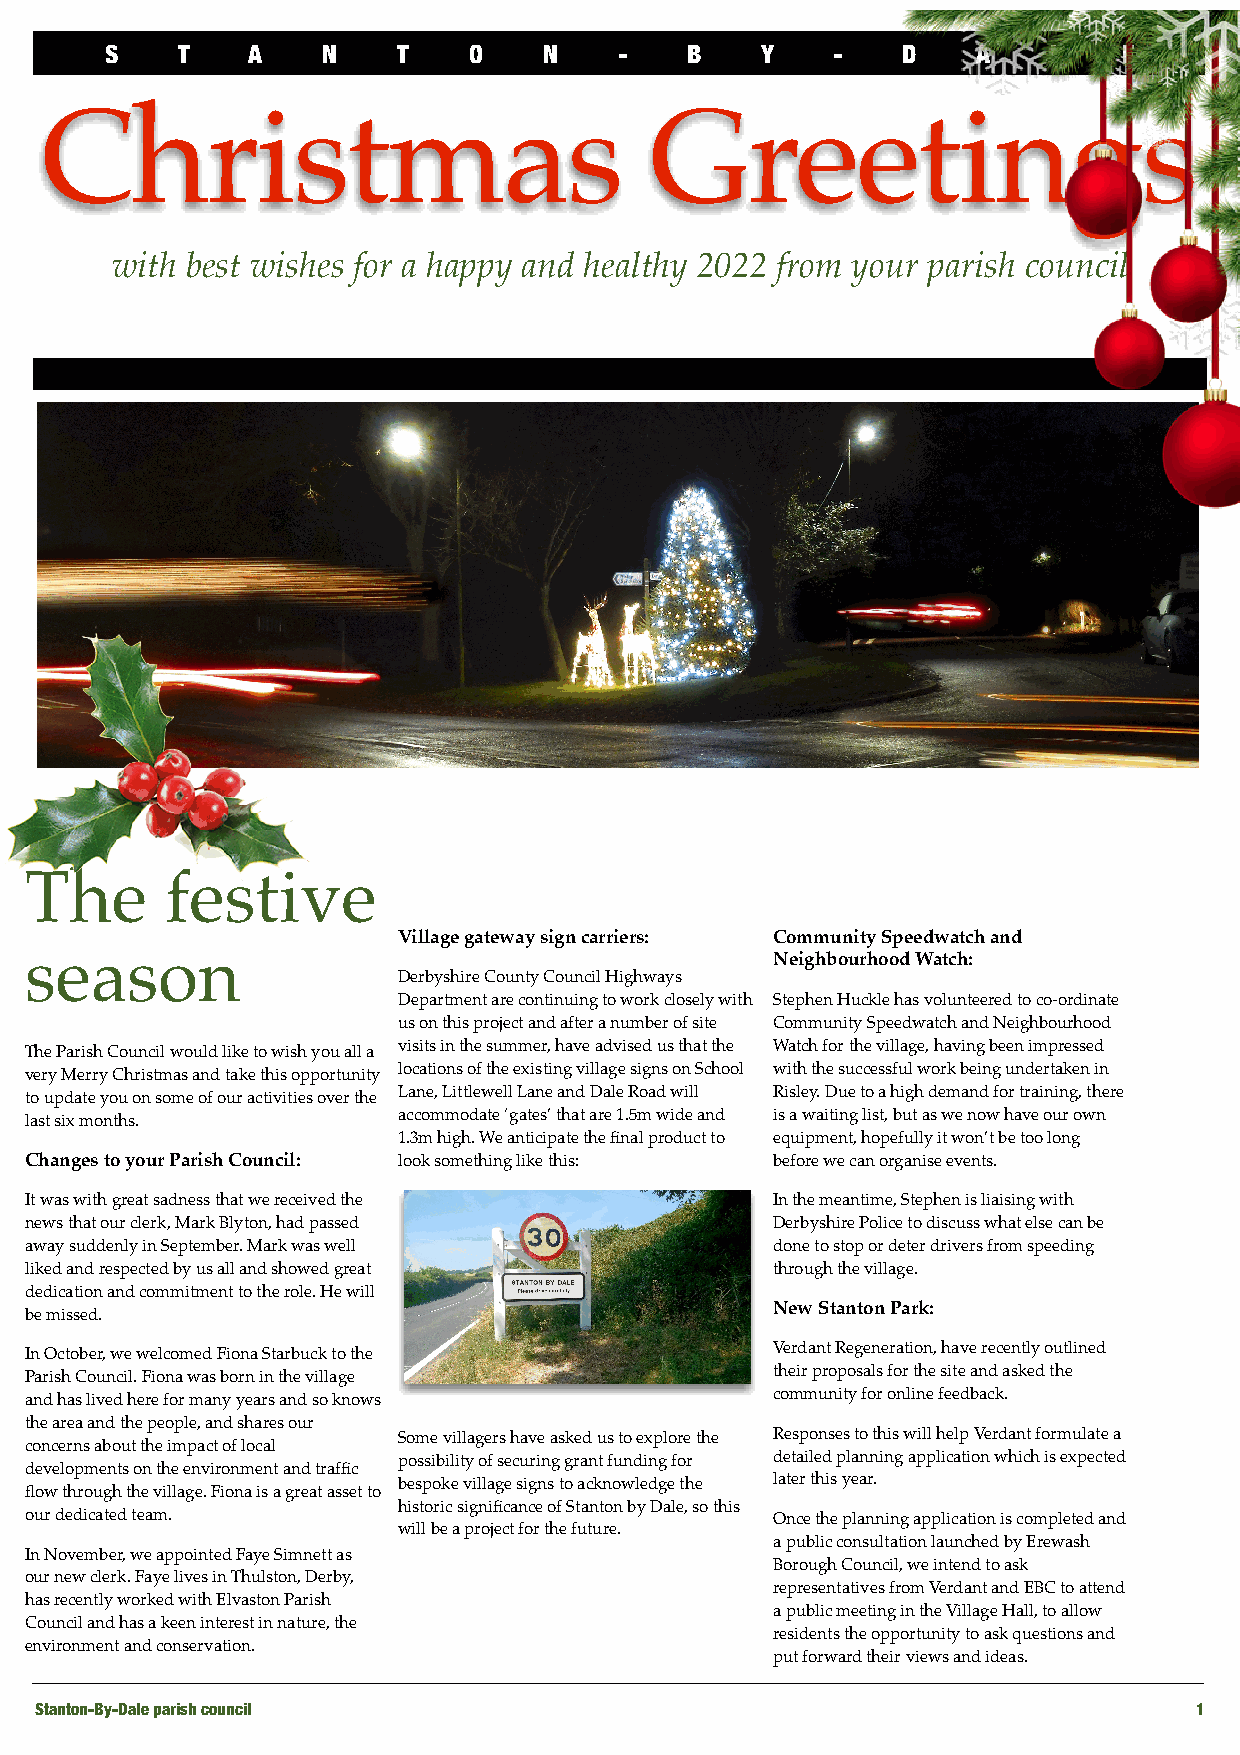
S    T   A    N    T    O    N    -   B    Y    -    D    A    L   E
 Christmas                               Greetings
 with best wishes for a happy and healthy 2022 from your parish council
 The      festive
 Village gateway sign carriers: Community Speedwatch and
 season                                           Neighbourhood Watch:
 Derbyshire County Council Highways
 Department are continuing to work closely with Stephen Huckle has volunteered to co-ordinate
 us on this project and after a number of site Community Speedwatch and Neighbourhood
 The Parish Council would like to wish you all a visits in the summer, have advised us that the Watch for the village, having been impressed
 very Merry Christmas and take this opportunity locations of the existing village signs on School with the successful work being undertaken in
 to update you on some of our activities over the Lane, Littlewell Lane and Dale Road will Risley. Due to a high demand for training, there
 last six months.        accommodate ‘gates’ that are 1.5m wide and is a waiting list, but as we now have our own
 1.3m high. We anticipate the final product to equipment, hopefully it won’t be too long
 Changes to your Parish Council: look something like this: before we can organise events.
 It was with great sadness that we received the   In the meantime, Stephen is liaising with
 news that our clerk, Mark Blyton, had passed     Derbyshire Police to discuss what else can be
 away suddenly in September. Mark was well        done to stop or deter drivers from speeding
 liked and respected by us all and showed great   through the village.
 dedication and commitment to the role. He will
 New Stanton Park:
 be missed.
 In October, we welcomed Fiona Starbuck to the    Verdant Regeneration, have recently outlined
 Parish Council. Fiona was born in the village    their proposals for the site and asked the
 and has lived here for many years and so knows   community for online feedback.
 the area and the people, and shares our
 Some villagers have asked us to explore the Responses to this will help Verdant formulate a
 concerns about the impact of local
 possibility of securing grant funding for detailed planning application which is expected
 developments on the environment and traffic
 bespoke village signs to acknowledge the later this year.
 flow through the village. Fiona is a great asset to
 historic significance of Stanton by Dale, so this
 our dedicated team.                              Once the planning application is completed and
 will be a project for the future.
 a public consultation launched by Erewash
 In November, we appointed Faye Simnett as
 Borough Council, we intend to ask
 our new clerk. Faye lives in Thulston, Derby,
 representatives from Verdant and EBC to attend
 has recently worked with Elvaston Parish
 a public meeting in the Village Hall, to allow
 Council and has a keen interest in nature, the
 residents the opportunity to ask questions and
 environment and conservation.
 put forward their views and ideas.
 Stanton-By-Dale parish council                                               1